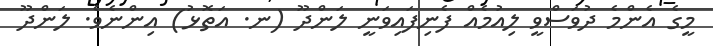
މީގެ އެންމެ ދުވަސްވީ ލިއުމެއް ފެނިފައިވަނީ ލަންދޫ (ނ. އަތޮޅު) އިންނެވެ. ލަންދޫ